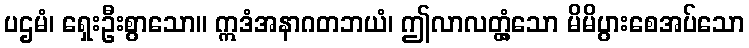
ပဌမံ၊ ရှေးဦးစွာသော။ ဣဒံအနာဂတဘယံ၊ ဤလာလတ္တံ့သော မိမိပွားစေအပ်သော